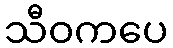
သီဝကပေ